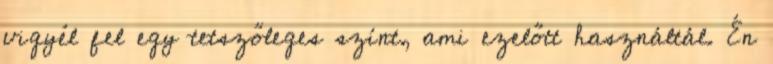
vigyél fel egy tetszőleges színt, ami ezelőtt használtál. Én